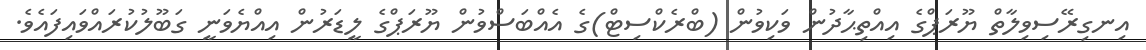
އިނގިރޭސިވިލާތް ޔޫރަޕްގެ އިއްތިޙާދުން ވަކިވުން (ބްރެކްސިޓް)ގެ އެއްބަސްވުން ޔޫރަޕްގެ ލީޑަރުން އިއްޔެވަނީ ގަބޫލުކުރައްވައިފައެވެ.